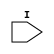
// $Header: /devl/xcs/repo/env/Databases/CAEInterfaces/verunilibs/data/uni9000/OPT_OFF.v,v 1.4 2007/05/23 20:05:10 patrickp Exp $
///////////////////////////////////////////////////////////////////////////////
// Copyright (c) 1995/2004 Xilinx, Inc.
// All Right Reserved.
///////////////////////////////////////////////////////////////////////////////
//   ____  ____
//  /   /\/   /
// /___/  \  /    Vendor : Xilinx
// \   \   \/     Version : 7.1i (H.19)
//  \   \         Description : Xilinx Functional Simulation Library Component
//  /   /                  
// /___/   /\     Filename : OPT_OFF.v
// \   \  /  \    Timestamp : Thu Mar 25 16:42:07 PST 2004
//  \___\/\___\
//
// Revision:
//    03/23/04 - Initial version.
//    05/23/07 - Changed timescale to 1 ps / 1 ps.

`timescale  1 ps / 1 ps

`celldefine

module OPT_OFF (I);


    input  I;

endmodule

`endcelldefine